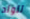
للولد